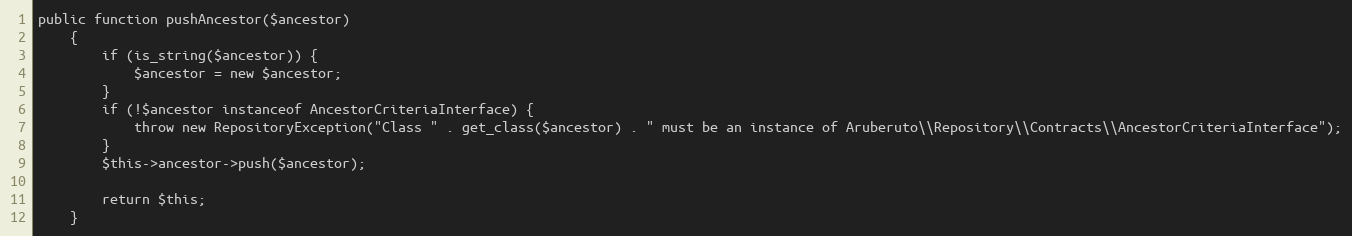
Language: PHP
public function pushAncestor($ancestor)
    {
        if (is_string($ancestor)) {
            $ancestor = new $ancestor;
        }
        if (!$ancestor instanceof AncestorCriteriaInterface) {
            throw new RepositoryException("Class " . get_class($ancestor) . " must be an instance of Aruberuto\\Repository\\Contracts\\AncestorCriteriaInterface");
        }
        $this->ancestor->push($ancestor);

        return $this;
    }